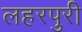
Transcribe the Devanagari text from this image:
लहरपुरी